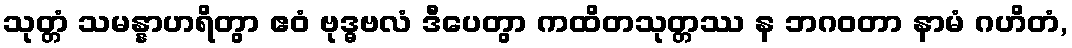
သုတ္တံ သမန္နာဟရိတွာ ဧဝံ ဗုဒ္ဓဗလံ ဒီပေတွာ ကထိတသုတ္တဿ န ဘဂဝတာ နာမံ ဂဟိတံ,